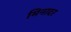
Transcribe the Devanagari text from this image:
मिनादर